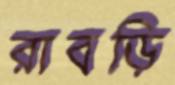
রাবড়ি